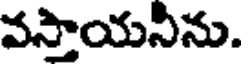
వస్తాయనిను.